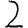
Digit: 2